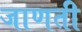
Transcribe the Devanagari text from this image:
जाणती